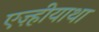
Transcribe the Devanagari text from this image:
एज़्हीयाथा